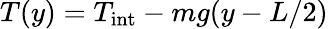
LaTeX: T(y)=T_{\mathrm{int}}-mg(y-L/2)